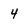
Character: 4